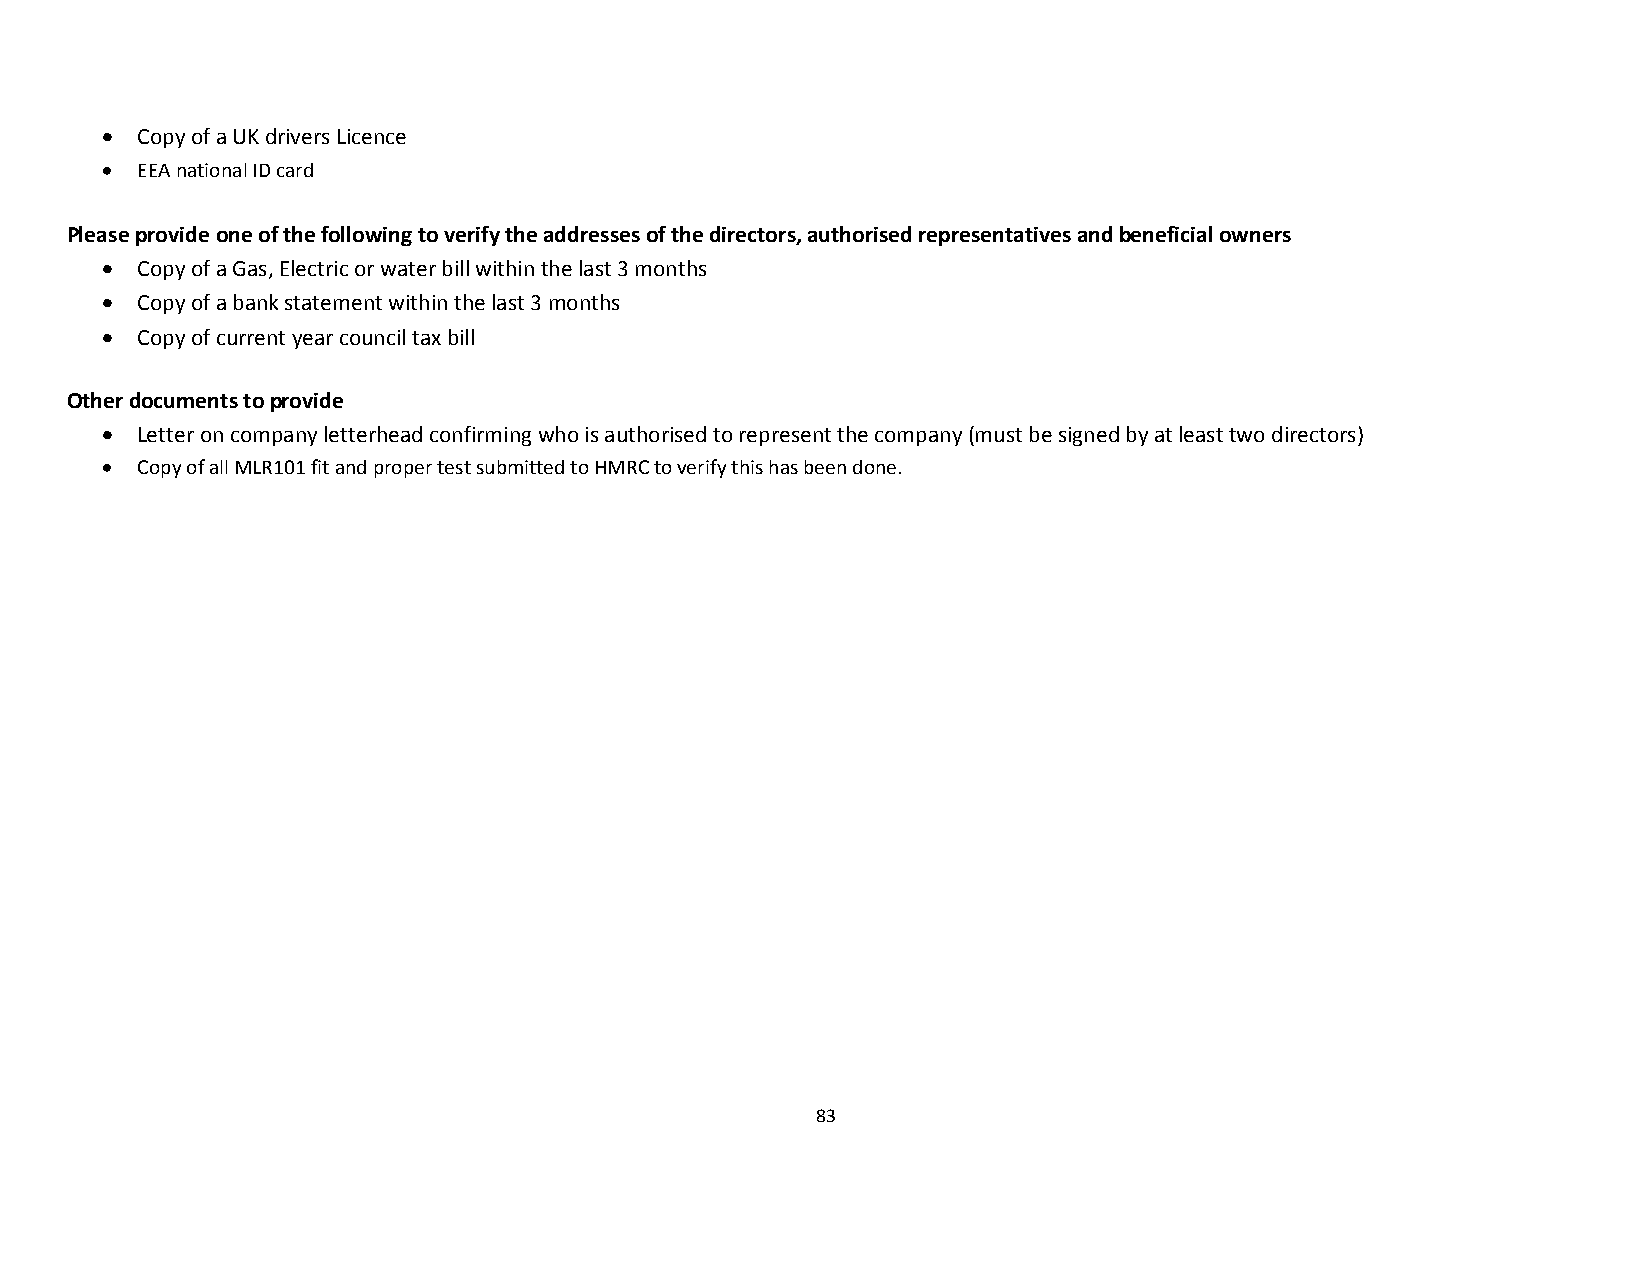
 Copy of a UK drivers Licence
  EEA national ID card
 Please provide one of the following to verify the addresses of the directors, authorised representatives and beneficial owners
  Copy of a Gas, Electric or water bill within the last 3 months
  Copy of a bank statement within the last 3 months
  Copy of current year council tax bill
 Other documents to provide
  Letter on company letterhead confirming who is authorised to represent the company (must be signed by at least two directors)
  Copy of all MLR101 fit and proper test submitted to HMRC to verify this has been done.
 83